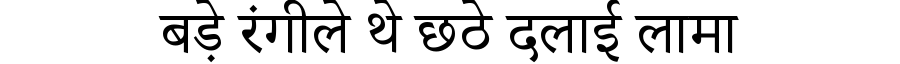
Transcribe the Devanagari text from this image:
बड़े रंगीले थे छठे दलाई लामा